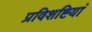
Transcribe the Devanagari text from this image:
प्रविशष्टियां